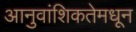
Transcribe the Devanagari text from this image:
आनुवांशिकतेमधून